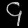
Digit: ၄